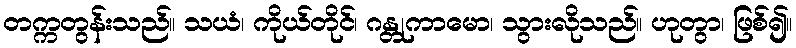
တက္ကတွန်းသည်။ သယံ၊ ကိုယ်တိုင်၊ ဂန္တုကာမော၊ သွားလိုသည်။ ဟုတွာ၊ ဖြစ်၍။